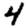
Digit: 4